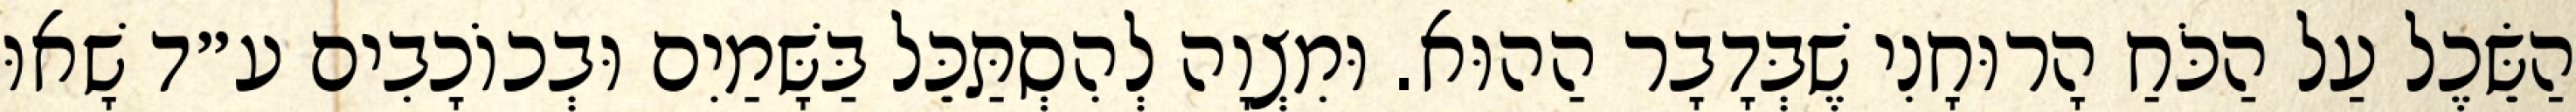
הַשֵּׂכֶל עַל הַכֹּחַ הָרוּחָנִי שֶׁבְּדָבָר הַהוּא. וּמִצְוָה לְהִסְתַּכֵּל בַּשָּׁמַיִם וּבְכוֹכָבִים ע״ד שָׁאוּ